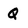
Character: Q